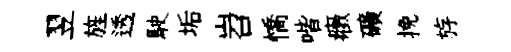
翌旌透駛垢岧憍喈癥礦挽斿